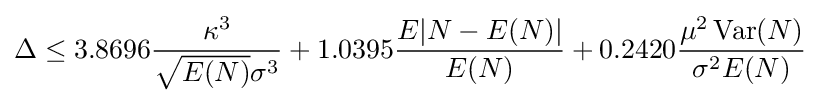
\Delta \leq 3.8696{\frac {\kappa ^{3}}{{\sqrt {E(N)}}\sigma ^{3}}}+1.0395{\frac {E|N-E(N)|}{E(N)}}+0.2420{\frac {\mu ^{2}\operatorname {Var} (N)}{\sigma ^{2}E(N)}}